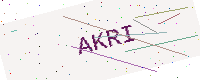
Text: AKRI